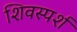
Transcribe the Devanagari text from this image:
शिवस्पर्श